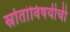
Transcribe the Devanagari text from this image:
स्रोतांविषयीची